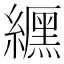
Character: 𮉐